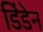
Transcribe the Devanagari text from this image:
डिंडेन